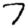
Digit: 7